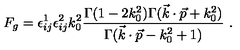
F _ { g } = \epsilon _ { i j } ^ { 1 } \epsilon _ { i j } ^ { 2 } k _ { 0 } ^ { 2 } { \frac { \Gamma ( 1 - 2 k _ { 0 } ^ { 2 } ) \Gamma ( \vec { k } \cdot \vec { p } + k _ { 0 } ^ { 2 } ) } { \Gamma ( \vec { k } \cdot \vec { p } - k _ { 0 } ^ { 2 } + 1 ) } } \ .